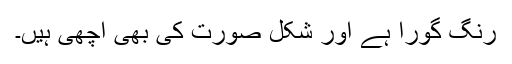
رنگ گورا ہے اور شکل صورت کی بھی اچھی ہیں۔